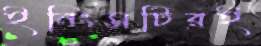
ইনিংসটিরই